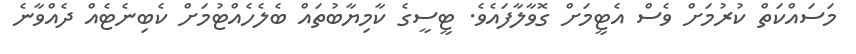
މަސައްކަތް ކުރުމަށް ވެސް އެޓީމަށް ގޮވާލާފައެވެ. ޓީސީގެ ކާމިޔާބުތައް ބެލެހެއްޓުމަށް ކެބިނެޓެއް ދެއްވާނެ